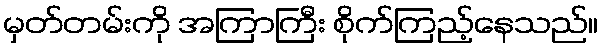
မှတ်တမ်းကို အကြာကြီး စိုက်ကြည့်နေသည်။